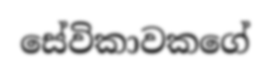
සේවිකාවකගේ